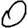
Digit: 0